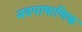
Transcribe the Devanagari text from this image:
नवपाषाणिक